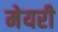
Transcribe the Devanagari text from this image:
मेयरी